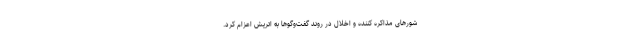
شورهای مذاکره کننده و اخلال در روند گفت‌وگوها به اتریش اعزام کرد.